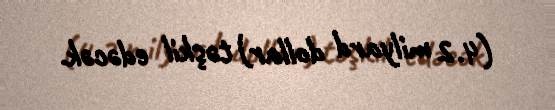
(4.2 milyard dollar) təşkil edəcək.